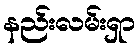
နည်းလမ်းရှာ